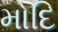
મોદિ